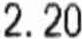
2.20